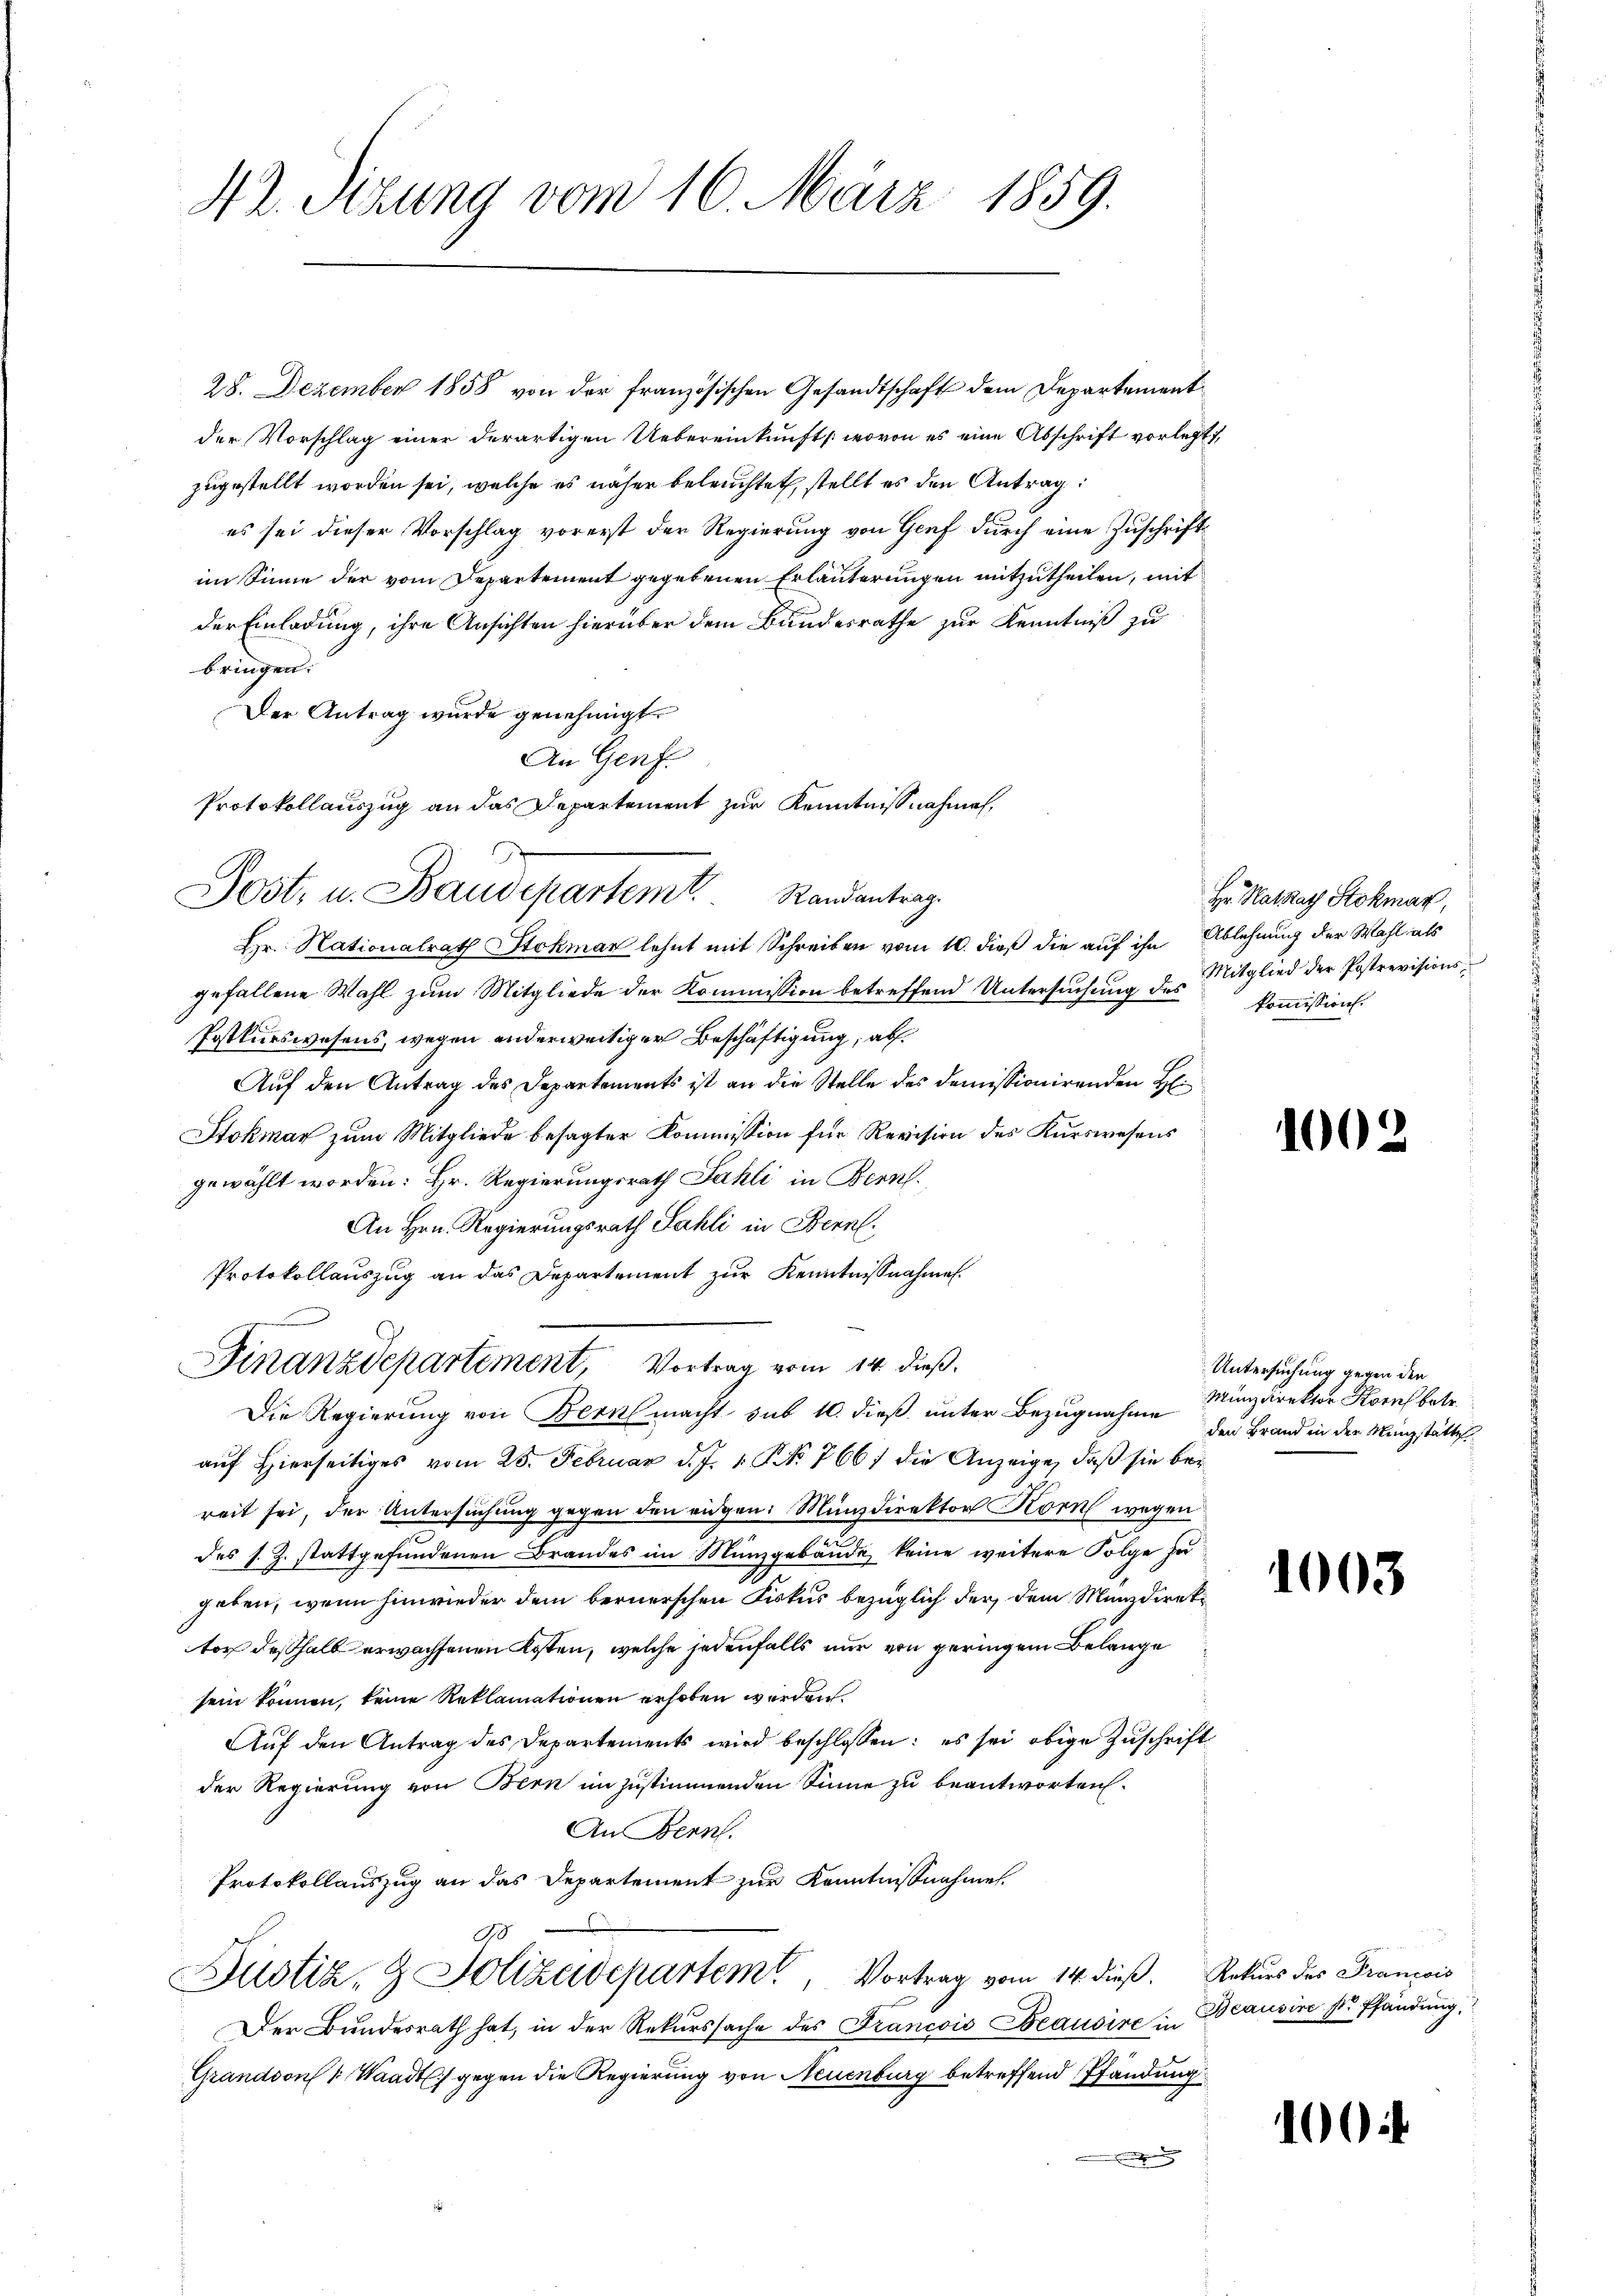
42. Sizung vom 16. März 1859.

28. Dezember 1858 von der französischen Gesandtschaft dem Departementder Vorschlag einer derartigen Uebereinkunft (wovon es eine Abschrift vorlegt,
zugestellt worden sei, welche es näher beleuchtet, stellt es den Antrag
es sei dieser Vorschlag vorerst der Regierung von Genf durch eine Zuschriftim Sinne der vom Departement gegebenen Erläuterungen mitzutheilen, mit
der Einladung, ihre Ansichten hierüber dem Bundesrathe zur Kenntniß zu
bringen.
Der Antrag wurde genehmigt.
An Genf.
Hr. Nationalrath Stokman lehnt mit Schreiben vom 10. dieß die auf ihn Ablehnung der Wahl als
gefallene Wahl zum Mitgliede der Kommission betreffend Untersuchung des Mitglied der Postrevisions
Postkurswesens, wegen anderweitiger Beschäftigung, ab¬
Auf den Antrag des Departements ist an die Stelle des demissionirenden H
Stokmar zŭm Mitgliede besagter Kommission für Revision des Kŭrswesens
gewählt worden: Hr. Regierungsrath Fahli in Bern.
An Hrn. Regierungsrath Sahli in Bern,
Protokollauszug an das Departement zur Kenntnißnahme
Finanzdepartement, Vortrag vom 14. dieβ.
Die Regierung von Bern macht sub 10. dieß unter Bezugnahme
auf Hierseitiges vom 25. Februar d. J. 1. No. 766/ die Anzeige, daß sie bereit sei, der Untersuchung gegen den eidgen. Münzdirektor Korn wegen
des s. Z. stattgefundenen Brandes im Münzgebäude keine weitere Folge zu
geben, wenn hinwieder dem bernerschen Fiskus bezüglich der dem Münzdirektor deßhalb erwachsenen Kosten, welche jedenfalls nur von geringem Belange
sein können, keine Reklamationen erhoben werden
Aŭf den Antrag des Departements wird beschlossen: es sei obige Zŭschrift
der Regierung von Bern in zustimmenden Sinne zu beantworten.
An Bern.
Protokollauszug an das Departement zur Kenntnißnahmen.
90
Justiz- & Polizeidepartem Vortrag vom 14. dieß. Rekurs des Francois
Der Bundesrath hat, in der Rekurssache des Francois Beausire in
Grandson v. Waadt gegen die Regierung von Neuenburg betreffend Pfändung
.

Protokollauszug an das Departement zur Kenntnißnahmen,
Post- u. Baudepartemt. Mandantrag

Hr. Ratsrath Stokmar,
kommission.

10

Untersuchung gegen den
Minzdirektor Korn betr.
den Brand in der Münzstätte

1003

Beausire sr Pfändung,

100